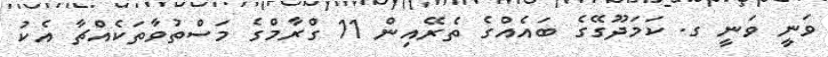
ވަނީ ވަނީ ގ. ކަމަދޫގޭގެ ބައެއްގެ ތެރޭއިން 11 ގްރާމްގެ މަސްތުވާތަކެއްޗާ އެކު